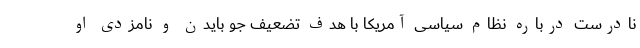
نادرست درباره نظام سیاسی آمریکا با هدف تضعیف جو بایدن و نامزدی او